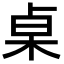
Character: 桌